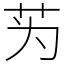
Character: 𫇭